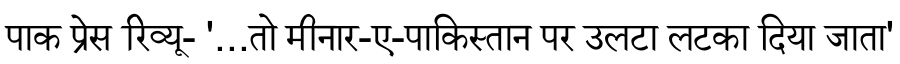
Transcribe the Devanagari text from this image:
पाक प्रेस रिव्यू- '...तो मीनार-ए-पाकिस्तान पर उलटा लटका दिया जाता'